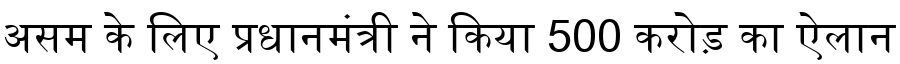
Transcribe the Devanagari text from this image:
असम के लिए प्रधानमंत्री ने किया 500 करोड़ का ऐलान